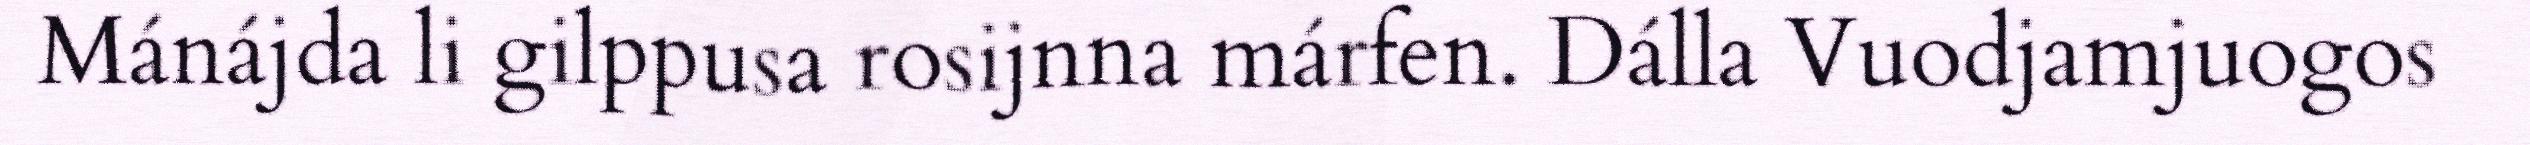
Mánájda li gilppusa rosijnna márfen. Dálla Vuodjamjuogos